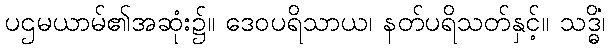
ပဌမယာမ်၏အဆုံး၌။ ဒေဝပရိသာယ၊ နတ်ပရိသတ်နှင့်။ သဒ္ဓိံ၊